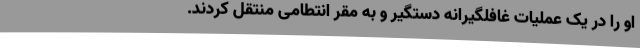
او را در یک عملیات غافلگیرانه دستگیر و به مقر انتطامی منتقل کردند.